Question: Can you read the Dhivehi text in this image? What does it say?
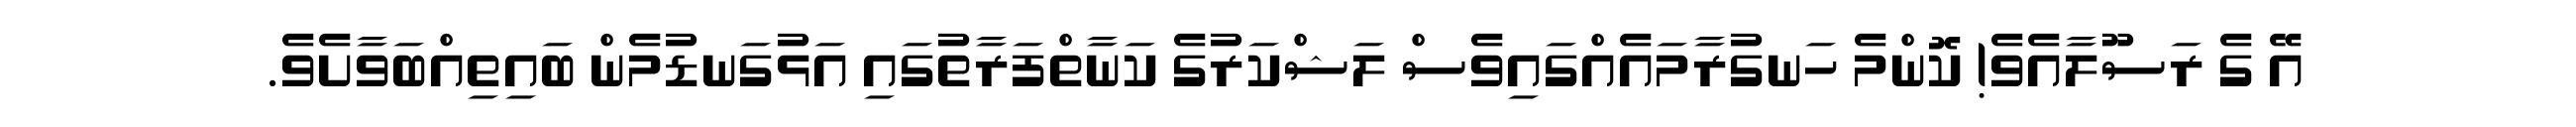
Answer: އޭ ގެ ރަސޫލާއެވެ! ކޮންމެ ހަނގުރާމައެއްގައިވެސް ލަޝްކަރުގެ ކަނާތްފަރާތުގައި އަޅުގަނޑުމެން ބައިތިއްބަވާށެވެ.